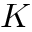
K